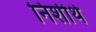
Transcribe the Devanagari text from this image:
निशीथे